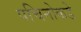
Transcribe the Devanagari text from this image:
पचिनोकडे